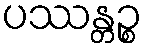
ပဿန္တဉ္စ